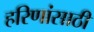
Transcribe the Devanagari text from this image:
हरिणांसाठी